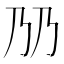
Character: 𬼅